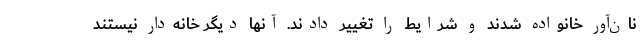
نان‌آور خانواده شدند و شرایط را تغییر دادند. آنها دیگر خانه‌دار نیستند